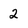
Character: 2